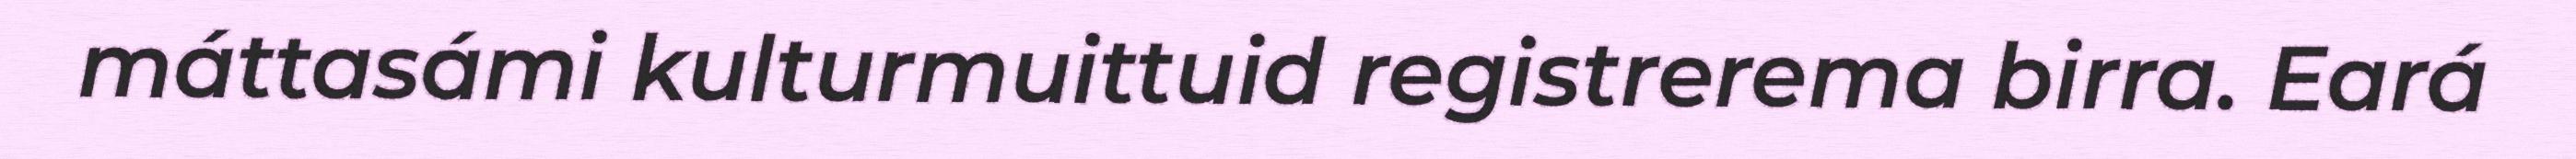
máttasámi kulturmuittuid registrerema birra. Eará